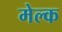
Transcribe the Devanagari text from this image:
मेल्क